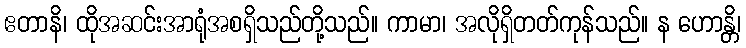
ဧတာနိ၊ ထိုအဆင်းအာရုံအစရှိသည်တို့သည်။ ကာမာ၊ အလိုရှိတတ်ကုန်သည်။ န ဟောန္တိ၊